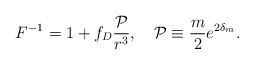
\begin{align*}F^{-1}=1+f_D{{\cal P}\over{r^3}},\ \ \ {\cal P}\equiv{m\over 2}e^{2\delta_m}.\end{align*}